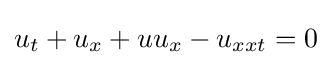
u_{t}+u_{x}+uu_{x}-u_{xxt}=0